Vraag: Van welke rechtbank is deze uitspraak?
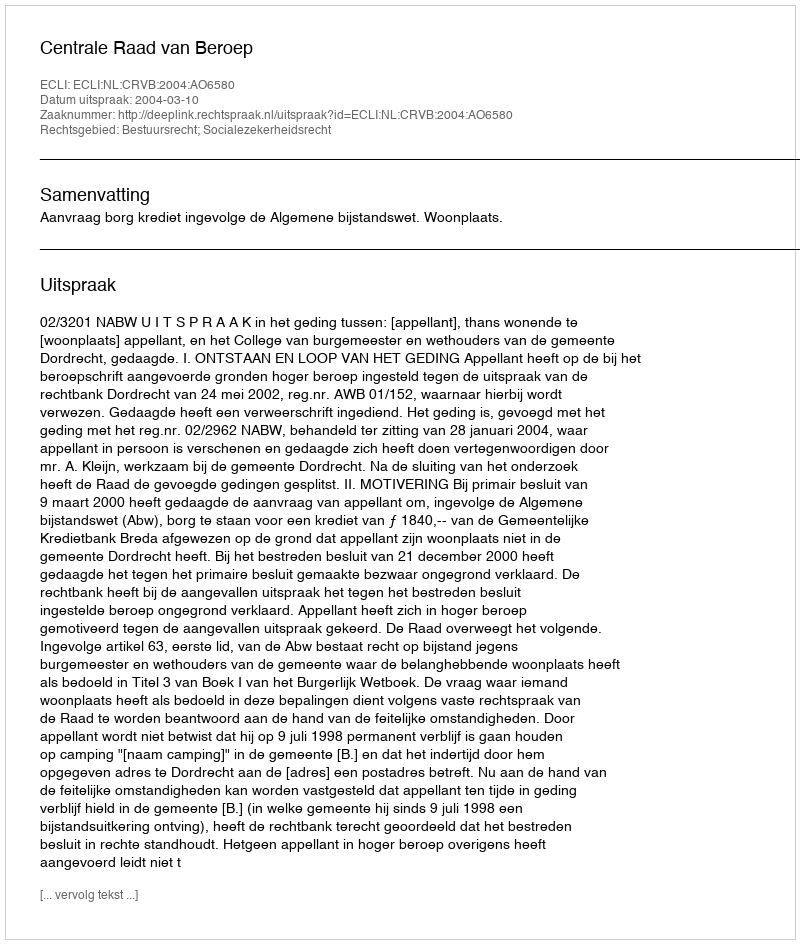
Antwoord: Centrale Raad van Beroep